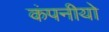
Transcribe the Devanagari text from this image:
कंपनीयो